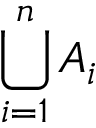
\bigcup _ { i = 1 } ^ { n } A _ { i }